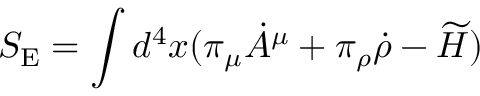
S _ { \mathrm { E } } = \int d ^ { 4 } x ( \pi _ { \mu } \dot { A } ^ { \mu } + \pi _ { \rho } \dot { \rho } - \widetilde { H } )